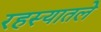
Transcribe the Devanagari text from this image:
रहस्यातले